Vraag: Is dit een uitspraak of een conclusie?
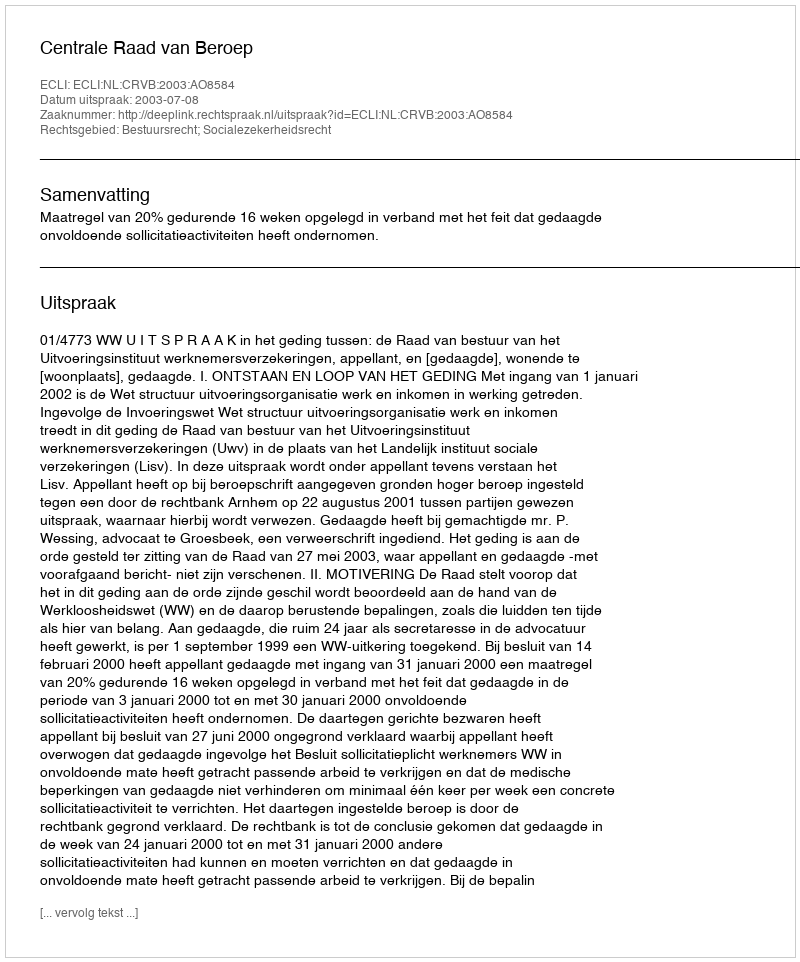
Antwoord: Uitspraak